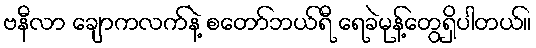
ဗနီလာ ချောကလက်နဲ့ စတော်ဘယ်ရီ ရေခဲမုန့်တွေရှိပါတယ်။